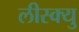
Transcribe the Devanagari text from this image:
लीस्क्यु